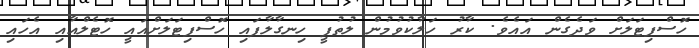
ހޮސްޕިޓަލަށް ވަދެގެން އައެވެ. ކާރު ހަލާކުވުމުން ލުތުފީ ހިނގާލާފައި ހޮސްޕިޓަލަށްއައީ ހޮޓެލްއާއި އެހައި